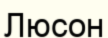
Люсон